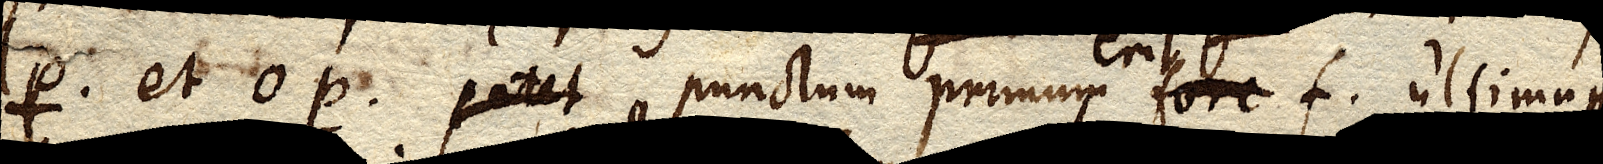
lp. et op. patet punctum primum fore f. ultimum p.